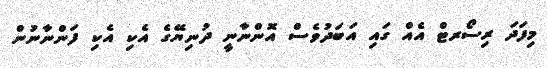
މިފަދަ ރިސޯރޓް އެއް ގައި އަބަދުވެސް އޮންނާނީ ދުނިޔޭގެ އެކި އެކި ފަންނާނުން